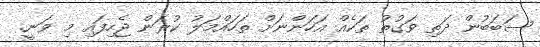
ސަބަބުން ދަތި ވަގުތު ތަކެއް އަހަންނަށް ތަހައްމަލު ކުރަން ޖެހިފައި މި ވަނީ.